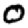
Digit: 0